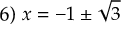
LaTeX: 6 ) \ x = - 1 \pm { \sqrt { 3 } }